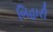
બિહારી